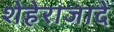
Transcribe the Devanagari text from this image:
शेहेराजादे